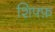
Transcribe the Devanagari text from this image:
शिफ्फ़